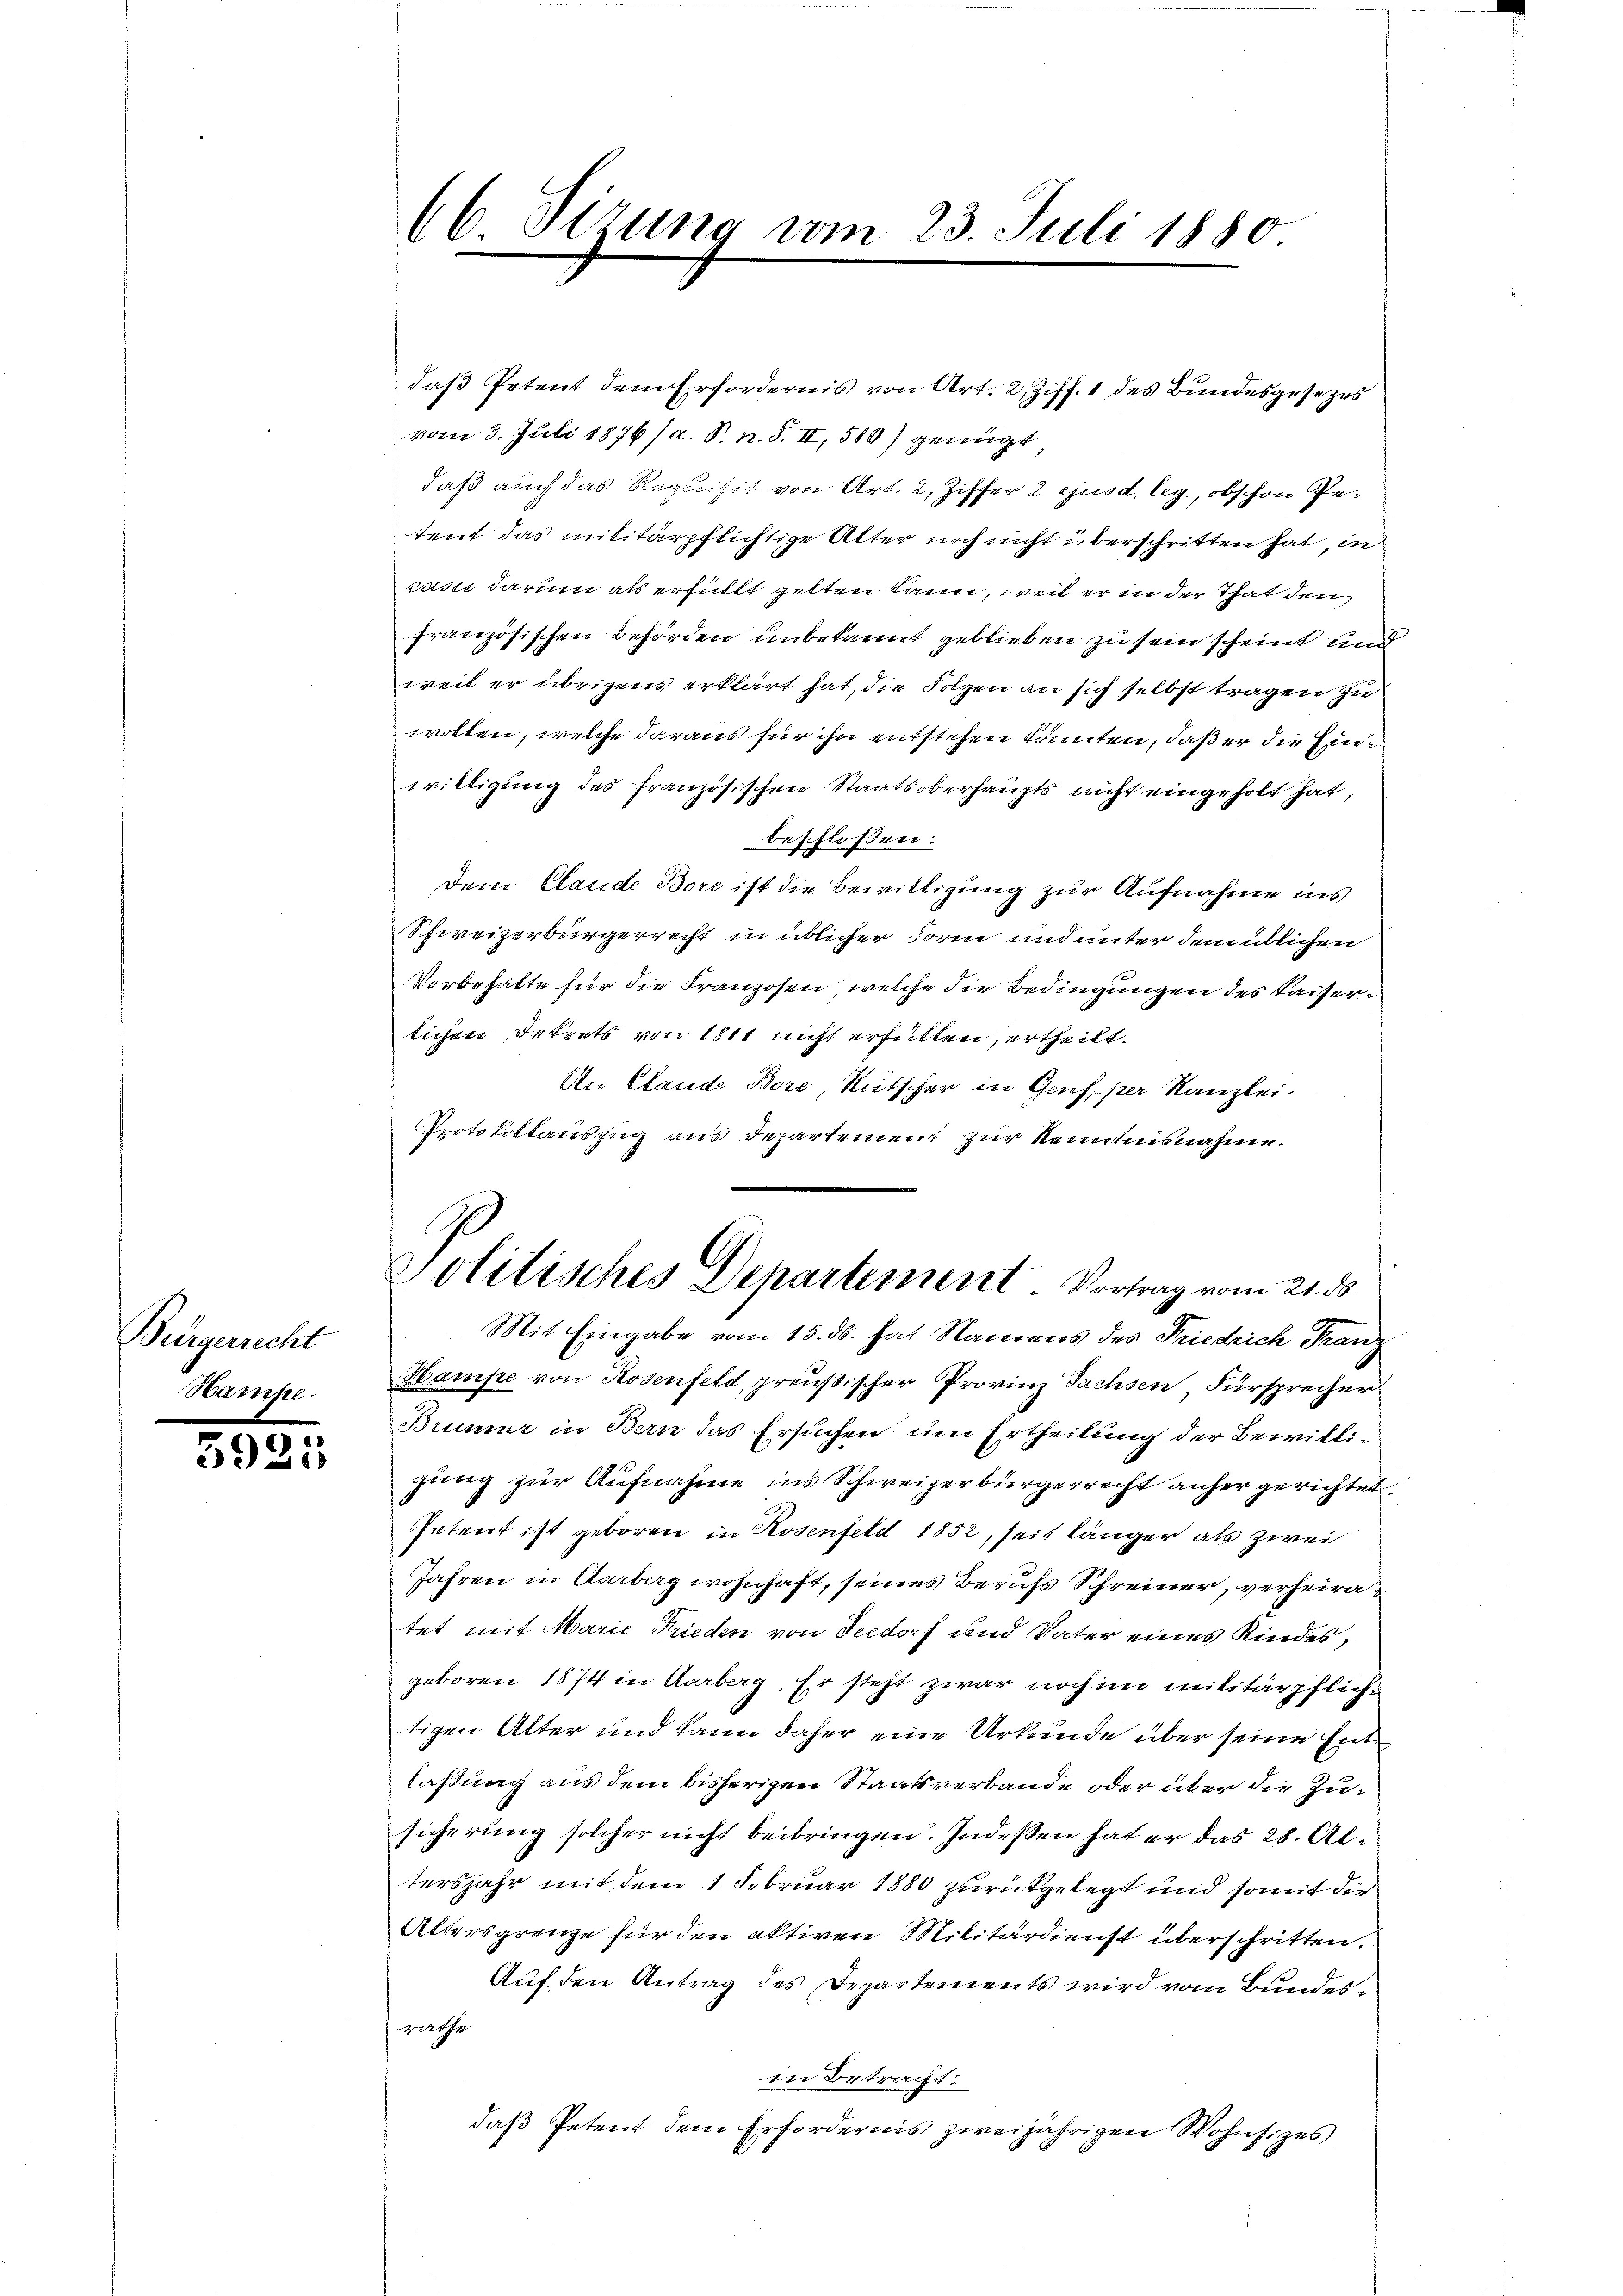
Bürgerrecht

3925

(6 Sizung vom 23. Juli 1880

daß Petent dem Erfordernis von Art. 2, Ziff. 1 des Bundesgesezes
vom 3. Juli 1876 (a. S. n. F. II, 588) genügt
daß auch das Requisit von Art. 2, Ziffer 2 ejusd. leg., obschon Petent das militärpflichtige Alter noch nicht überschritten hat, in
cussi darum als erfüllt gelten kann, weil er in der That den
französischen Behörden unbekannt geblieben zu sein scheint und
weil er übrigens erklärt hat, die Folgen an sich selbst tragen zu
wollen, welche daraus für ihn entstehen konnten, daß er die Einwilligung des französischen Staatsoberhaupts nicht eingeholt hat,
beschlossen:
Dem Claude Bore ist die Bewilligung zur Aufnahme ins
Schweizerbürgerrecht in üblicher Form und unter dem üblichen
Vorbehalte für die Franzosen, welche die Bedingungen des Kaiserlichen Dekrets von 1811 nicht erfütten, ertheilt.
An Clande Bore, Mitscher in Genf, per Kanzlei.
Protokollauszug aus Departement zur Kenntnisnahme.
Politisches Departement. Vortrag vom 21. ds.
Mit Eingabe vom 15. ds. hat Namens des Friedrich Franz
Hampe von Rosenfeld, preußischer Provinz Sachsen, Fürsprecher
Brümer in Bern das Ersuchen um Ertheilung der Bewilligung zur Aufnahme ins Schweizerbürgerrecht anher gerichtet.
Intert ist geboren in Rosenfeld 1852, seit länger als zwei
Jahren in Aarberg wohnhaft, seines Berufs Schreiner, verheiratet mit Marie Frieden von Seedorf und Vater eines Kindes,
geboren 1874 in Aarberg, Er steht zwar noch im militärpflichtigen Atter und kann daher eine Urkunde über seine Entlaßung aus dem bisherigen Staatsverbande oder über die Zusicherung solcher nicht beibringen. Indeßen hat er das 28. Altersjahr mit dem 1. Februar 1880 zurückgelegt und somit die
Altersgrenze für den aktiven Militärdienst überschritten.
Auf den Antrag des Departements wird vom Bundesrathe
in Betracht:
daß Petent dem Erfordernis zweijährigen Wohnsitzes